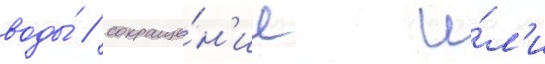
воды́ / сокраще́н'ие и́л'и